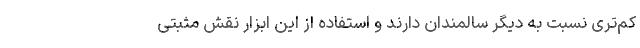
کم‌تری نسبت به دیگر سالمندان دارند و استفاده از این ابزار نقش مثبتی